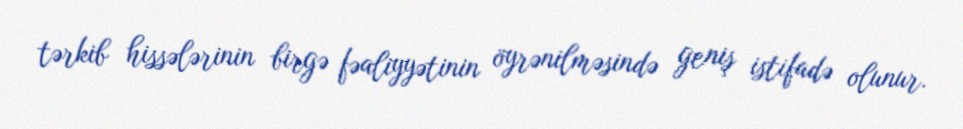
tərkib hissələrinin birgə fəaliyyətinin öyrənilməsində geniş istifadə olunur.